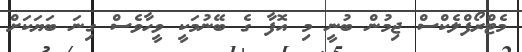
މެޓްރޯފްލެކްސް ޖިމުން ބުނީ މި އޮފާ ގެ ބޭނުމަކީ ވީހާވެސް ގިނަ ބަޔަކަށް